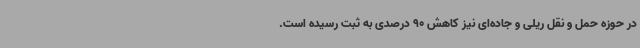
در حوزه حمل و نقل ریلی و جاده‌ای نیز کاهش 90 درصدی به ثبت رسیده است.